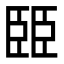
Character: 𦣦